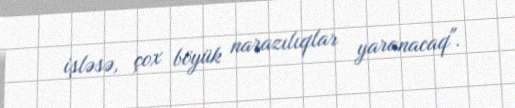
işləsə, çox böyük narazılıqlar yaranacaq".